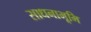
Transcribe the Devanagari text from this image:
साधनाभूमि